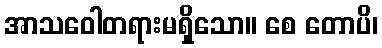
အာသဝေါတရားမရှိသော။ စေ တောပိ၊